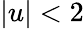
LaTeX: |u|<2